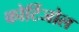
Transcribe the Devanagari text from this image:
कोर्टिजोल